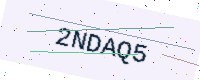
Text: 2NDAQ5